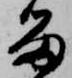
留